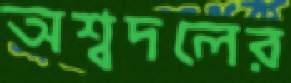
অশ্বদলের